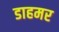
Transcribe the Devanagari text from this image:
डाहमर